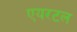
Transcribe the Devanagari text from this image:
एयरटल